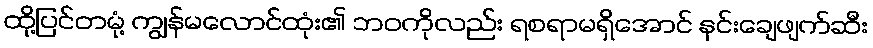
ထို့ပြင်တမုံ့ ကျွန်မလောင်ထုံး၏ ဘဝကိုလည်း ရစရာမရှိအောင် နင်းချေဖျက်ဆီး